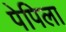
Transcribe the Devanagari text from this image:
पेपिला